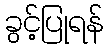
ခွင့်ပြုရန်